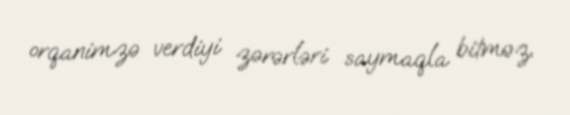
orqanimzə verdiyi zərərləri saymaqla bitməz.